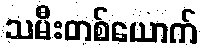
သမီးတစ်ယောက်